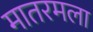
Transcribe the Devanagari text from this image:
मातरमला